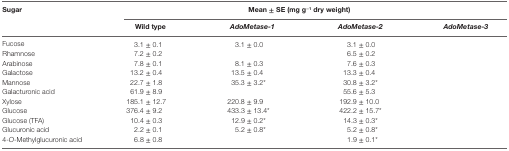
<table><thead><tr><td rowspan="2"><b>Sugar</b></td><td colspan="4"><b>Mean ± SE (mg g<sup>−1</sup> dry weight)</b></td></tr><tr><td><b>Wild type</b></td><td><b><i>AdoMetase-1</i></b></td><td><b><i>AdoMetase-2</i></b></td><td><b><i>AdoMetase-3</i></b></td></tr></thead><tbody><tr><td>Fucose</td><td>3.1 ± 0.1</td><td>3.1 ± 0.0</td><td>3.1 ± 0.0</td><td>[EMPTY_CELL]</td></tr><tr><td>Rhamnose</td><td>7.2 ± 0.2</td><td>[EMPTY_CELL]</td><td>6.5 ± 0.2</td><td>[EMPTY_CELL]</td></tr><tr><td>Arabinose</td><td>7.8 ± 0.1</td><td>8.1 ± 0.3</td><td>7.6 ± 0.3</td><td>[EMPTY_CELL]</td></tr><tr><td>Galactose</td><td>13.2 ± 0.4</td><td>13.5 ± 0.4</td><td>13.3 ± 0.4</td><td>[EMPTY_CELL]</td></tr><tr><td>Mannose</td><td>22.7 ± 1.8</td><td>35.3 ± 3.2*</td><td>30.8 ± 3.2*</td><td>[EMPTY_CELL]</td></tr><tr><td>Galacturonic acid</td><td>61.9 ± 8.9</td><td>[EMPTY_CELL]</td><td>55.6 ± 5.3</td><td>[EMPTY_CELL]</td></tr><tr><td>Xylose</td><td>185.1 ± 12.7</td><td>220.8 ± 9.9</td><td>192.9 ± 10.0</td><td>[EMPTY_CELL]</td></tr><tr><td>Glucose</td><td>376.4 ± 9.2</td><td>433.3 ± 13.4*</td><td>422.2 ± 15.7*</td><td>[EMPTY_CELL]</td></tr><tr><td>Glucose (TFA)</td><td>10.4 ± 0.3</td><td>12.9 ± 0.2*</td><td>14.3 ± 0.3*</td><td>[EMPTY_CELL]</td></tr><tr><td>Glucuronic acid</td><td>2.2 ± 0.1</td><td>5.2 ± 0.8*</td><td>5.2 ± 0.8*</td><td>[EMPTY_CELL]</td></tr><tr><td>4-<i>O</i>-Methylglucuronic acid</td><td>6.8 ± 0.8</td><td>[EMPTY_CELL]</td><td>1.9 ± 0.1*</td><td>[EMPTY_CELL]</td></tr></tbody></table>